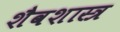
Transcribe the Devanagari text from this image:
शैवशास्त्र